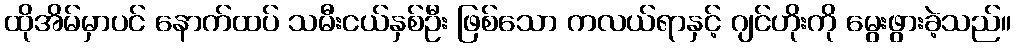
ထိုအိမ်မှာပင် နောက်ထပ် သမီးငယ်နှစ်ဦး ဖြစ်သော ကလယ်ရာနှင့် ဂျင်ဟိုးကို မွေးဖွားခဲ့သည်။